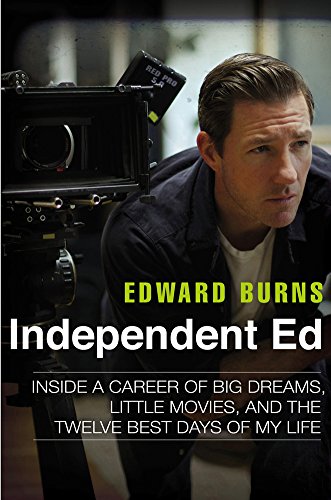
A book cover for Independent Ed: Inside a Career of Big Dreams, Little Movies, and the Twelve Best Days of My Life; Edward Burns; Humor & Entertainment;